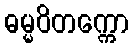
ဓမ္မဝိတက္ကော